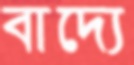
বাদ্যে